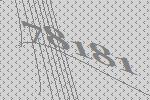
78181